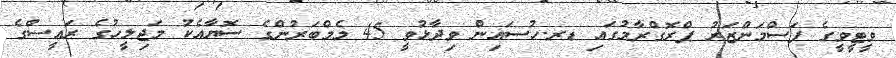
ވީޓީވީގެ ފަސްމަންޒަރު ޕްރޮގްރާމުގައި ޑރ.ހުސައިން ވިދާޅުވީ 45 މެމްބަރުންގެ ސޮޔާއެކު މަޖިލީހުގެ ރައީސްގެ